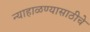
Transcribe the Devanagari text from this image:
न्याहाळण्यासाठीचे